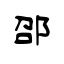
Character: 邵